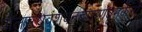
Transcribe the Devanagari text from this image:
पौलस्त्यवंशवनदारुणधूमकेतो